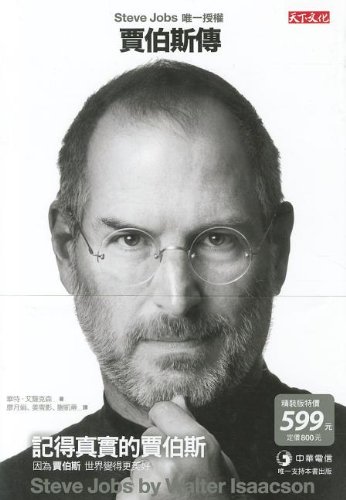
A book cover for Steve Jobs: A Biography; Walter Isaacson; Computers & Technology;